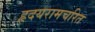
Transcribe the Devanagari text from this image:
हृदयरामचरित